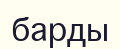
барды